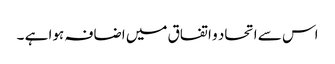
اس سے اتحاد و اتفاق میں اضافہ ہوا ہے ۔